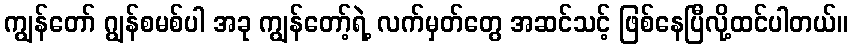
ကျွန်တော် ဂျွန်စမစ်ပါ အခု ကျွန်တော့်ရဲ့ လက်မှတ်တွေ အဆင်သင့် ဖြစ်နေပြီလို့ထင်ပါတယ်။